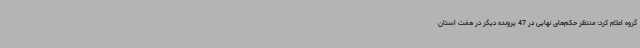
گروه اعلام کرد: منتظر حکم‌های نهایی در 47 پرونده دیگر در هفت استان